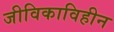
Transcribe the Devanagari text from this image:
जीविकाविहीन